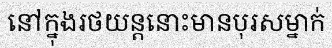
នៅក្នុងរថយន្តនោះមានបុរសម្នាក់